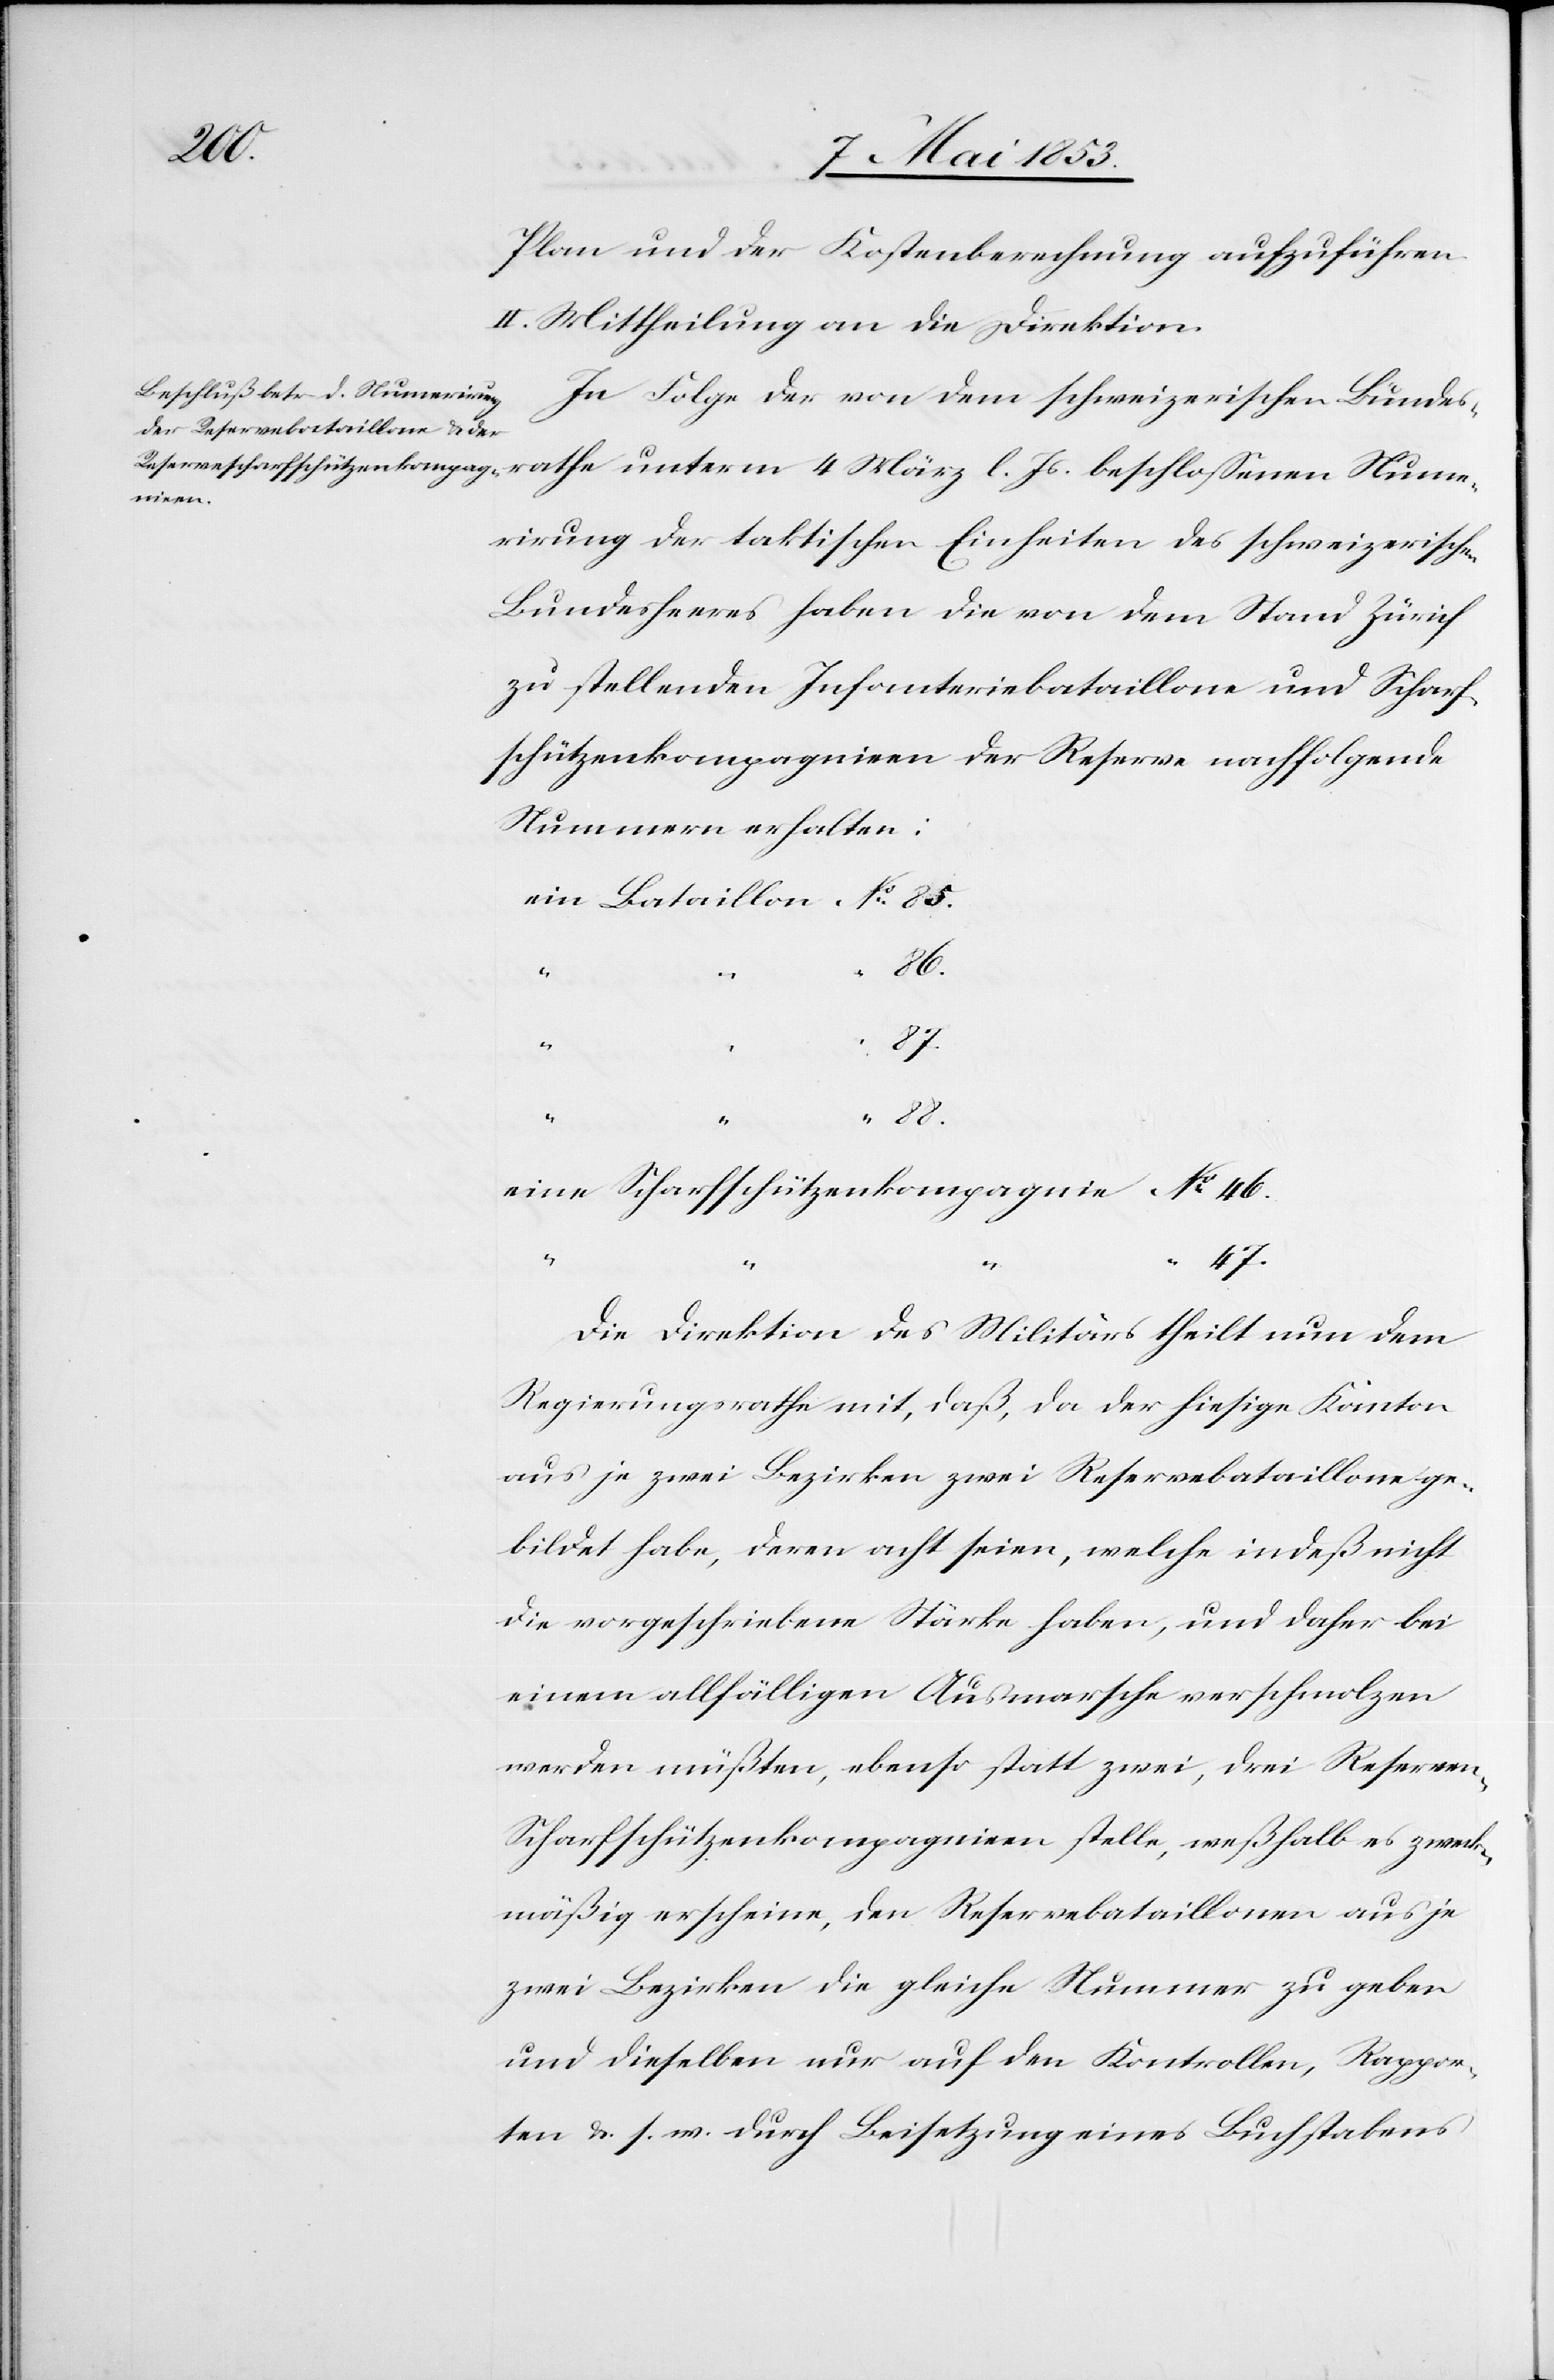
4
Plan und der Kostenberechnung aufzuführen.
II. Mittheilung an die Direktion.
In Folge der von dem schweizerischen Bundes¬
Numme¬
rirung der taktischen Einheiten des schweizerischen
Bundesheeres haben die von dem Stand Zürich
zu stellenden Infanteriebataillone und Scharf¬
schützenkompagnien der Reserve nachfolgende
Nummern erhalten:
ein Bataillon N°. 85.
86.
87.
88.
eine Scharfschützenkompagnie N°. 46.
47.
Die Direktion des Militärs theilt nun dem
Regierungsrathe mit, daß, da der hiesige Kanton
aus je zwei Bezirken zwei Reservebataillone ge¬
bildet habe, deren acht seien, welche indeß nicht
die vorgeschriebene Stärke haben, und daher bei
einem allfälligen Ausmarsche verschmolzen
werden müßten, ebenso statt zwei, drei Reserve¬
n-Scharfschützenkompagnien stelle, weßhalb es zweck¬
mäßig erscheine, den Reservebataillonen aus je
zwei Bezirken die gleiche Nummer zu geben
und dieselben nur auf den Kontrollen, Rappor¬
ten u. s. w. durch Beisetzung eines Buchstabens